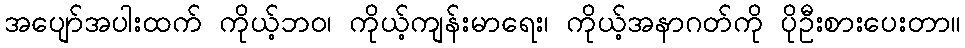
အပျော်အပါးထက် ကိုယ့်ဘဝ၊ ကိုယ့်ကျန်းမာရေး၊ ကိုယ့်အနာဂတ်ကို ပိုဦးစားပေးတာ။